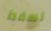
تسقط